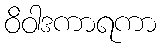
ဝိဝါဒကာရကာ